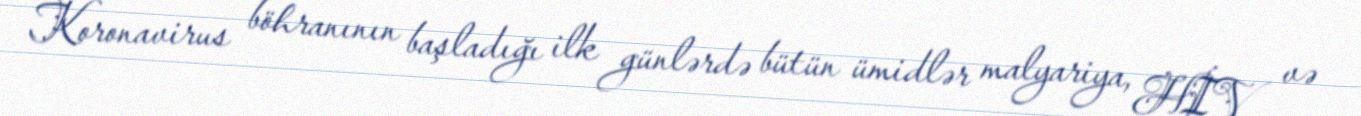
Koronavirus böhranının başladığı ilk günlərdə bütün ümidlər malyariya, HİV və